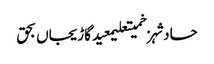
حادثہزخمیتعلیمعیدگاڑیجاں بحق